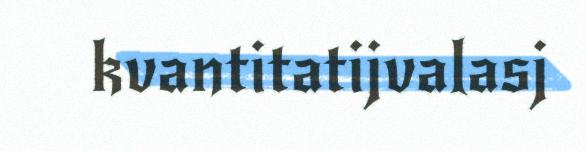
kvantitatijvalasj